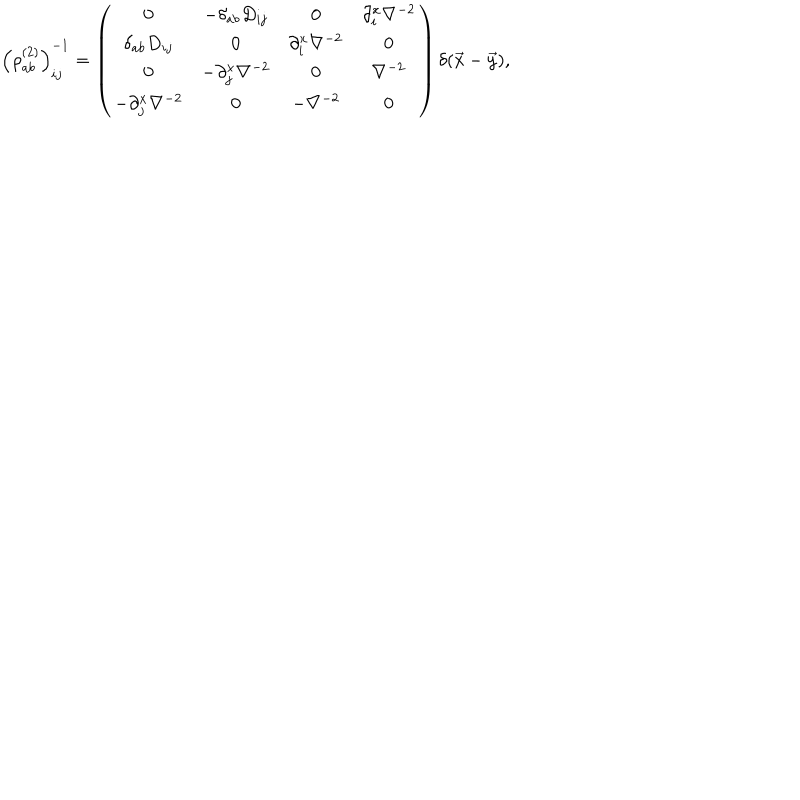
{ \left( \rho _ { a b } ^ { ( 2 ) } \right) } _ { i j } ^ { - 1 } = \left( \begin{array} { c c c c } { { 0 } } & { { - \delta _ { a b } D _ { i j } } } & { { 0 } } & { { \partial _ { i } ^ { x } \nabla ^ { - 2 } } } \\ { { \delta _ { a b } D _ { i j } } } & { { 0 } } & { { \partial _ { i } ^ { x } \nabla ^ { - 2 } } } & { { 0 } } \\ { { 0 } } & { { - \partial _ { j } ^ { x } \nabla ^ { - 2 } } } & { { 0 } } & { { \nabla ^ { - 2 } } } \\ { { - \partial _ { j } ^ { x } \nabla ^ { - 2 } } } & { { 0 } } & { { - \nabla ^ { - 2 } } } & { { 0 } } \\ \end{array} \right) \delta ( \vec { x } - \vec { y } ) ,